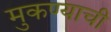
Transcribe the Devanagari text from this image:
मुकण्याची